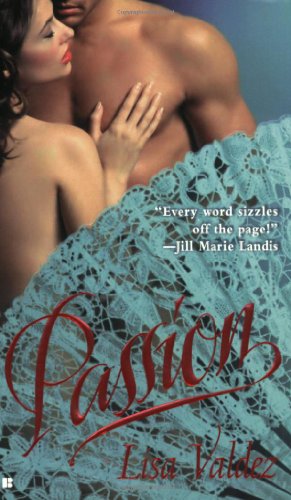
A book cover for Passion; Lisa Valdez; Romance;